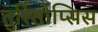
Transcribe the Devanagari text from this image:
तुर्रितोप्सिस